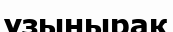
ұзынырақ